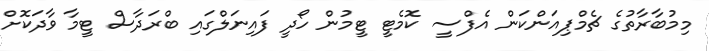
މިމުބާރާތުގެ ޗެމްޕިއަންކަން އެފްސީ ކޮމެޓީ ޓީމުން ހޯދީ ފައިނަލްގައި ބްރަދާސް ޓީމާ ވާދަކޮށް